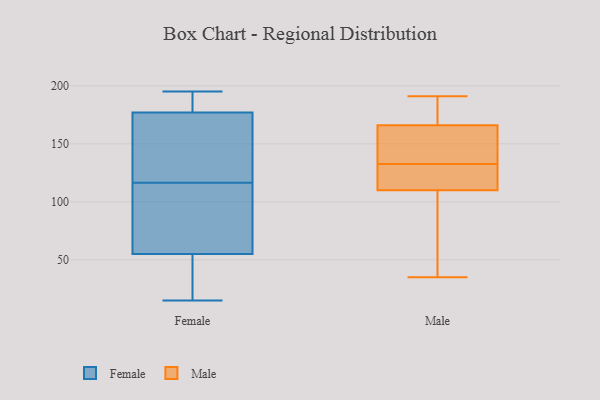
{"axis": {"x": "Satisfaction Score", "y": "Value"}, "legend": ["Female", "Male"], "data": [{"x": "", "y": 94, "type": "Female"}, {"x": "", "y": 151, "type": "Female"}, {"x": "", "y": 177, "type": "Female"}, {"x": "", "y": 39, "type": "Female"}, {"x": "", "y": 161, "type": "Female"}, {"x": "", "y": 29, "type": "Female"}, {"x": "", "y": 42, "type": "Female"}, {"x": "", "y": 179, "type": "Female"}, {"x": "", "y": 180, "type": "Female"}, {"x": "", "y": 195, "type": "Female"}, {"x": "", "y": 100, "type": "Female"}, {"x": "", "y": 15, "type": "Female"}, {"x": "", "y": 181, "type": "Female"}, {"x": "", "y": 133, "type": "Female"}, {"x": "", "y": 79, "type": "Female"}, {"x": "", "y": 135, "type": "Female"}, {"x": "", "y": 63, "type": "Female"}, {"x": "", "y": 55, "type": "Female"}, {"x": "", "y": 191, "type": "Male"}, {"x": "", "y": 118, "type": "Male"}, {"x": "", "y": 166, "type": "Male"}, {"x": "", "y": 147, "type": "Male"}, {"x": "", "y": 160, "type": "Male"}, {"x": "", "y": 174, "type": "Male"}, {"x": "", "y": 35, "type": "Male"}, {"x": "", "y": 111, "type": "Male"}, {"x": "", "y": 51, "type": "Male"}, {"x": "", "y": 110, "type": "Male"}]}